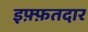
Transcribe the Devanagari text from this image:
इफ़्फ़तदार